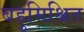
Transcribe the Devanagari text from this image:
बहुमिश्रित